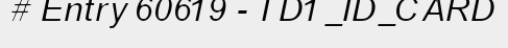
# Entry 60619 - TD1_ID_CARD